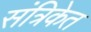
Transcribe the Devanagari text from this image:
संत्रिकेत